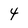
Character: 4